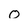
Character: o